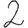
Digit: 2